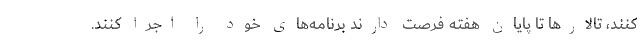
کنند، تالارها تا پایان هفته فرصت دارند برنامه‌های خود را اجرا کنند.